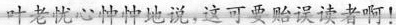
叶老忧心忡忡地说，这可要贻误读者啊！